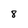
Character: 8